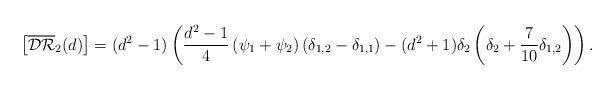
LaTeX: \begin{align*} \left[\overline{\mathcal{DR}}_2(d)\right]= (d^2-1)\left(\frac{d^2-1}{4}\left(\psi_1+\psi_2 \right)\left(\delta_{1,2}-\delta_{1,1} \right)-(d^2+1)\delta_2\left(\delta_2+\frac{7}{10}\delta_{1,2}\right) \right).\end{align*}